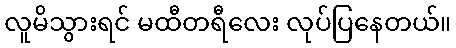
လူမိသွားရင် မထီတရီလေး လုပ်ပြနေတယ်။